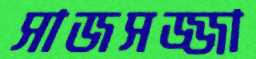
সাজসজ্জা